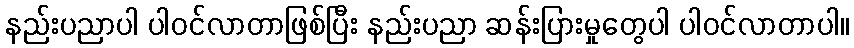
နည်းပညာပါ ပါဝင်လာတာဖြစ်ပြီး နည်းပညာ ဆန်းပြားမှုတွေပါ ပါဝင်လာတာပါ။